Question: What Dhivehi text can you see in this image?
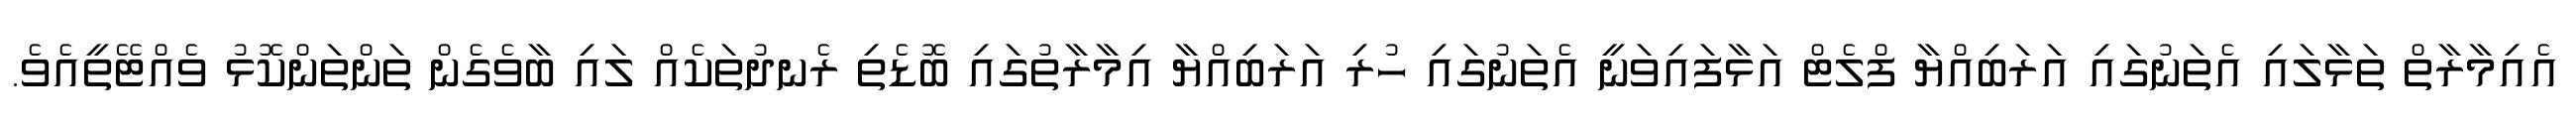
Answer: އެއިމާރާތް ތަޅާލައި އެތަނުގައި އަރަބިއްޔާ ފްލެޓް އަޅާފައިވަނީ އެތަނުގައި ހުރި އަރަބިއްޔާ އިމާރާތުގައި ބޮޑެތި ރެނދުތަކެއް ލައި ބާވެގެން ތަންތަންކޮޅު ވެއްޓޭތީއެވެ.